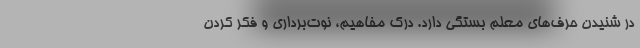
در شنیدن حرف‌های معلم بستگی دارد. درک مفاهیم، نوت‌برداری و فکر کردن